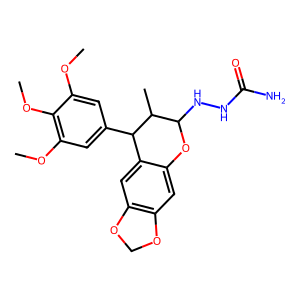
SMILES: COc1cc(C2c3cc4c(cc3OC(NNC(N)=O)C2C)OCO4)cc(OC)c1OC
Inhibits HIV replication: No